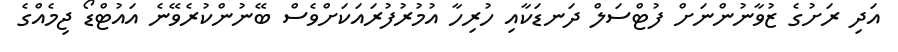
އަދި ރަށުގެ ޒުވާނުންނަށް ފުޓްސަލް ދަނޑަކާއި ހުރިހާ އުމުރުފުރައަކަށްވެސް ބޭނުންކުރެވޭނެ އައުޓްޑޯ ޖިމެއްގެ